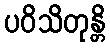
ပဝိသိတုန္တိ